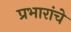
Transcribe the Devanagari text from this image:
प्रभारांचे